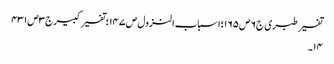
تفسیر طبری ج٦ص١٦٥؛اسباب النزول ص١٤٧؛تفسیر کبیرج٣ص٤٣١
١٤۔